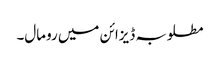
مطلوبہ ڈیزائن میں رومال۔